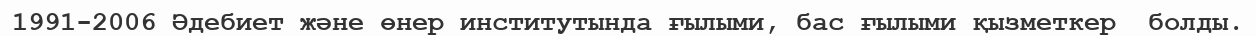
1991-2006 Әдебиет және өнер институтында ғылыми, бас ғылыми қызметкер  болды.